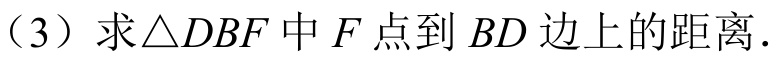
（3）求\(\triangle DBF\)中\(F\)点到\(BD\)边上的距离.